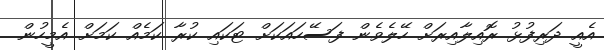
އެއީ ދަރިފުޅު ރޮއިލާއިރަށް ހޭލެވެން ފަސޭހައަކަށް ޓަކައި ކުރާ ކަމެއް ކަމަށް އެމީހުން